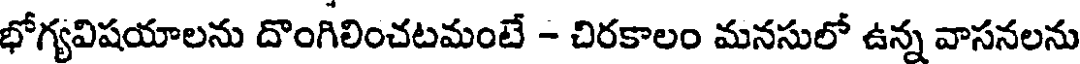
భోగ్యవిషయాలను దొంగిలించటమంటే - చిరకాలం మనసులో ఉన్న వాసనలను